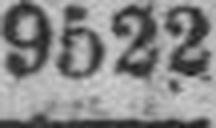
9522